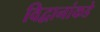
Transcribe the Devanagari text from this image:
विद्वानांकडे